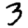
Digit: 3